Vaccination in Bombay 1913-1923 - 1913-1923
Year: 1913
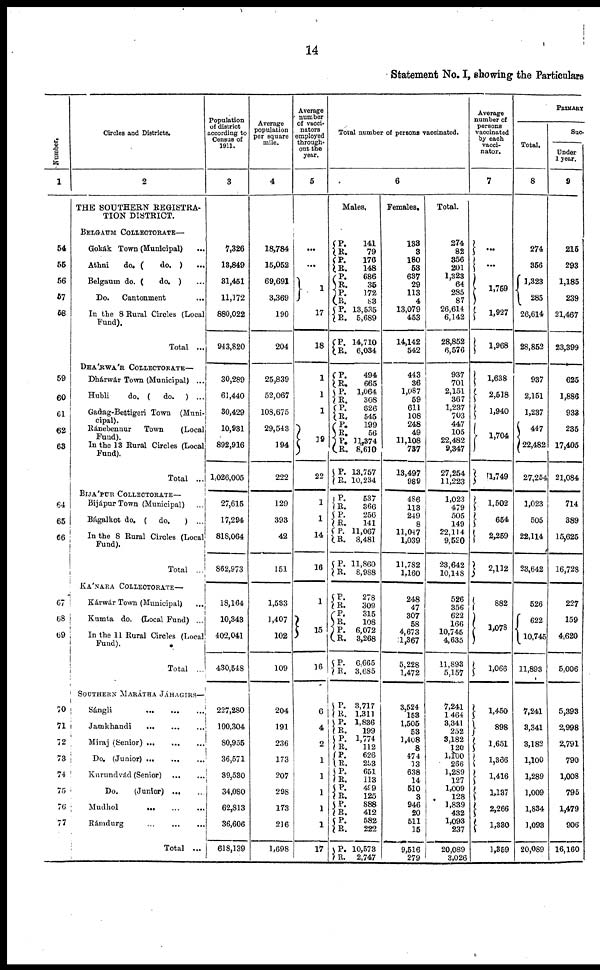
14
Statement No. I, showing the Particulars
Number.
1
54
55
56
57
58
59
60
61
62
63
64
65
66
67
68
69
70
71
72
73
74
75
76
77
Circles and Districts.
2
THE SOUTHERN REGISTRA-
TION DISTRICT.
BELGAUM COLLECTORATE—
Gokák Town (Municipal) ...
Athni
do. (
do. ) ...
Belgaum do. (
do. ) ...
Do.
Cantonment ...
In the 8 Rural Circles (Local
Fund).
Total ...
DHÁRWÁR COLLECTORATE—
Dhárwár Town (Municipal) ...
Hubli
do. (
do. ) ...
Gadag-Bettigeri Town (Muni¬
cipal).
Ránebennur Town (Local
Fund).
In the 13 Rural Circles (Local
Fund).
Total ...
BIJÁPUR COLLECTORATE—
Bijápur Town (Municipal) ...
Bágalkot do. ( do.
) ...
In the 8 Rural Circles (Local
Fund).
Total ...
KÁNARA COLLECTORATE—
Kárwár Town (Municipal) ...
Kumta do. (Local Fund) ...
In the 11 Rural Circles (Local
Fund).
Total ...
SOUTHERN MARÁTHA JÁHAGIRS—
Sángli
...
...
...
Jamkhandi ... ... ...
Miraj (Senior) ... ... ...
Do. (Junior) ... ... ...
Kurundvád (Senior)
...
...
Do.
(Junior)
...
...
Mudhol
...
...
...
Rámdurg
...
...
...
Total ...
Population
of district
according to
Census of
1911.
3
7,326
13,849
31,451
11,172
880,022
943,820
30,289
61,440
30,429
10,931
892,916
1,026,005
27,615
17,294
818,064
862,973
18,164
10,343
402,041
430,548
227,280
100,304
80,955
36,571
39,530
34,080
62,813
36,606
618,139
Average
population
per square
mile.
4
18,784
15,052
69,691
3,369
190
204
25,839
52,067
108,675
29,543
194
222
129
393
42
151
1,533
1,407
102
109
204
191
236
173
207
298
173
216
1,698
Average
number
of vacci¬
nators
employed
through¬
out the
year.
5
...
...
1
17
18
1
1
1
19
22
1
1
14
16
1
15
16
6
4
2
1
1
1
1
1
17
Total number of persons vaccinated.
6
Males.
P. R.
P.
R.
P. R.
P.
R.
P.
R.
P.
R.
P.
R.
P.
R.
P.
R.
P.
R. P.
R.
P.
R.
P.
R.
P.
R.
P.
R.
P.
R.
P.
R.
P.
R.
P.
R.
P.
R.
P.
R.
P.
R.
P.
R.
P. R.
P.
R.
P.
R.
P.
R.
P.
R.
P.
R.
141
79
176
148
686
35
172
83
13,535
5,689
14,710
6,034
494
665
1,064
308
626
545
199
56
11,374
8,610
13,757
10,234
537
366
256
141
11,067
8,481
11,860
8,988
278
309
315
108
6,072
3,268
6,665
3,685
3,717
1,311
1,836
199
1,774
112
626
253
651
113
499
125
888
412
582
222
10,573
2,747
Females.
133
3
180
53
637
29
113
4
13,079
453
14,142
542
443
36
1,087
59
611
108
248
49
11,108
737
13,497
989
486
113
249
8
11,047
1,039
11,782
1,160
248
47
307
58
4,673
1,367
5,228
1,472
3,524
153
1,505
53
1,408
8
474
13
638
14
510
3
946
20
511
15
9,516
279
Total.
274
82
356
201
1,323
64
285
87
26,614
6,142
28,852
6,576
937
701
2,151
367
1,237
703
447
105
22,482
9,347
27,254
11,223
1,023
479
505
149
22,114
9,520
23,642
10,148
526
356
622
166
10,745
4,635
11,893
5,157
7,241
1,464
3,341
252
3,182
120
1,100
266
1,289
127
1,009
128
1,839
432
1,093
237
20,089
3,026
Average
number of
persons
vaccinated
by each
vacci¬
nator.
7
...
...
1,759
1,927
1,968
1,638
2,518
1,940
1,704
1,749
1,502
654
2,259
2,112
882
1,078
1,066
1,450
898
1,651
1,366
1,416
1,137
2,266
1,330
1,359
PRIMARY
Total.
8
274
356
1,323
285
26,614
28,853
937
2,151
1,237
447
22,482
27,254
1,023
505
22,114
23,642
526
622
10,745
11,893
7,241
3,341
3,182
1,100
1,289
1,009
1,834
1,093
20,089
Suc¬
Under
1 year.
9
215
293
1,185
239
21,467
23,399
625
1,886
933
235
17,405
21,084
714
389
15,625
16,728
227
159
4,620
5,006
5,393
2,998
2,791
790
1,008
795
1,479
906
16,160